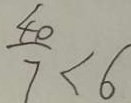
\frac { 4 0 } { 7 } < 6